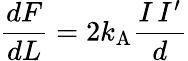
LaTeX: {\frac{dF}{dL}}=2k_{\mathrm{{A}}}{\frac{I\, I^{\prime}}{d}}